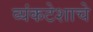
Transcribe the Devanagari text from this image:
व्यंकटेशाचे